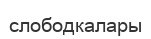
слободкалары